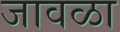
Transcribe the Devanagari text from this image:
जावळा